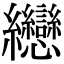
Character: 纞